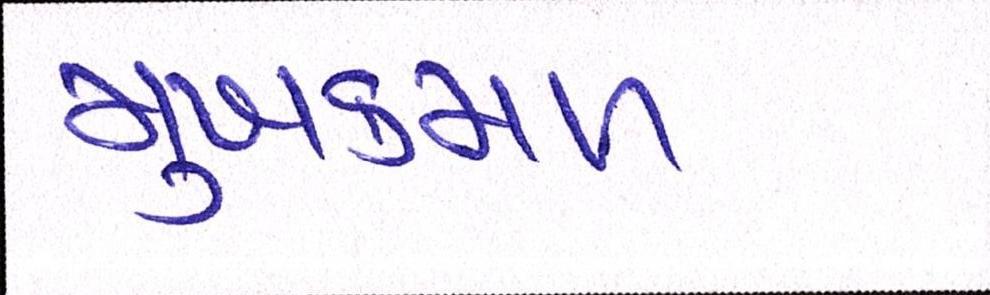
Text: મુખકમળ